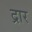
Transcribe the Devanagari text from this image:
द्रार